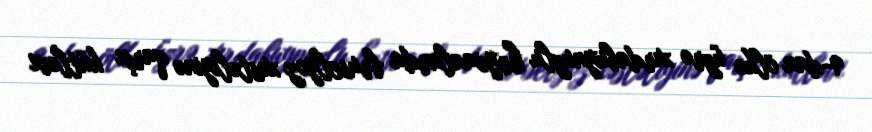
9-dan ölkə üzrə xırdabuynuzlu heyvanlarda bruselyoz xəstəliyinə qarşı kütləvi